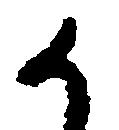
か